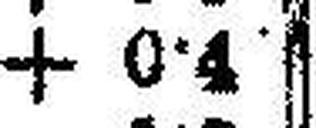
+ 0·4